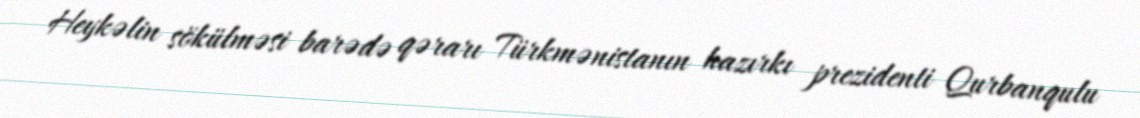
Heykəlin sökülməsi barədə qərarı Türkmənistanın hazırkı prezidenti Qurbanqulu